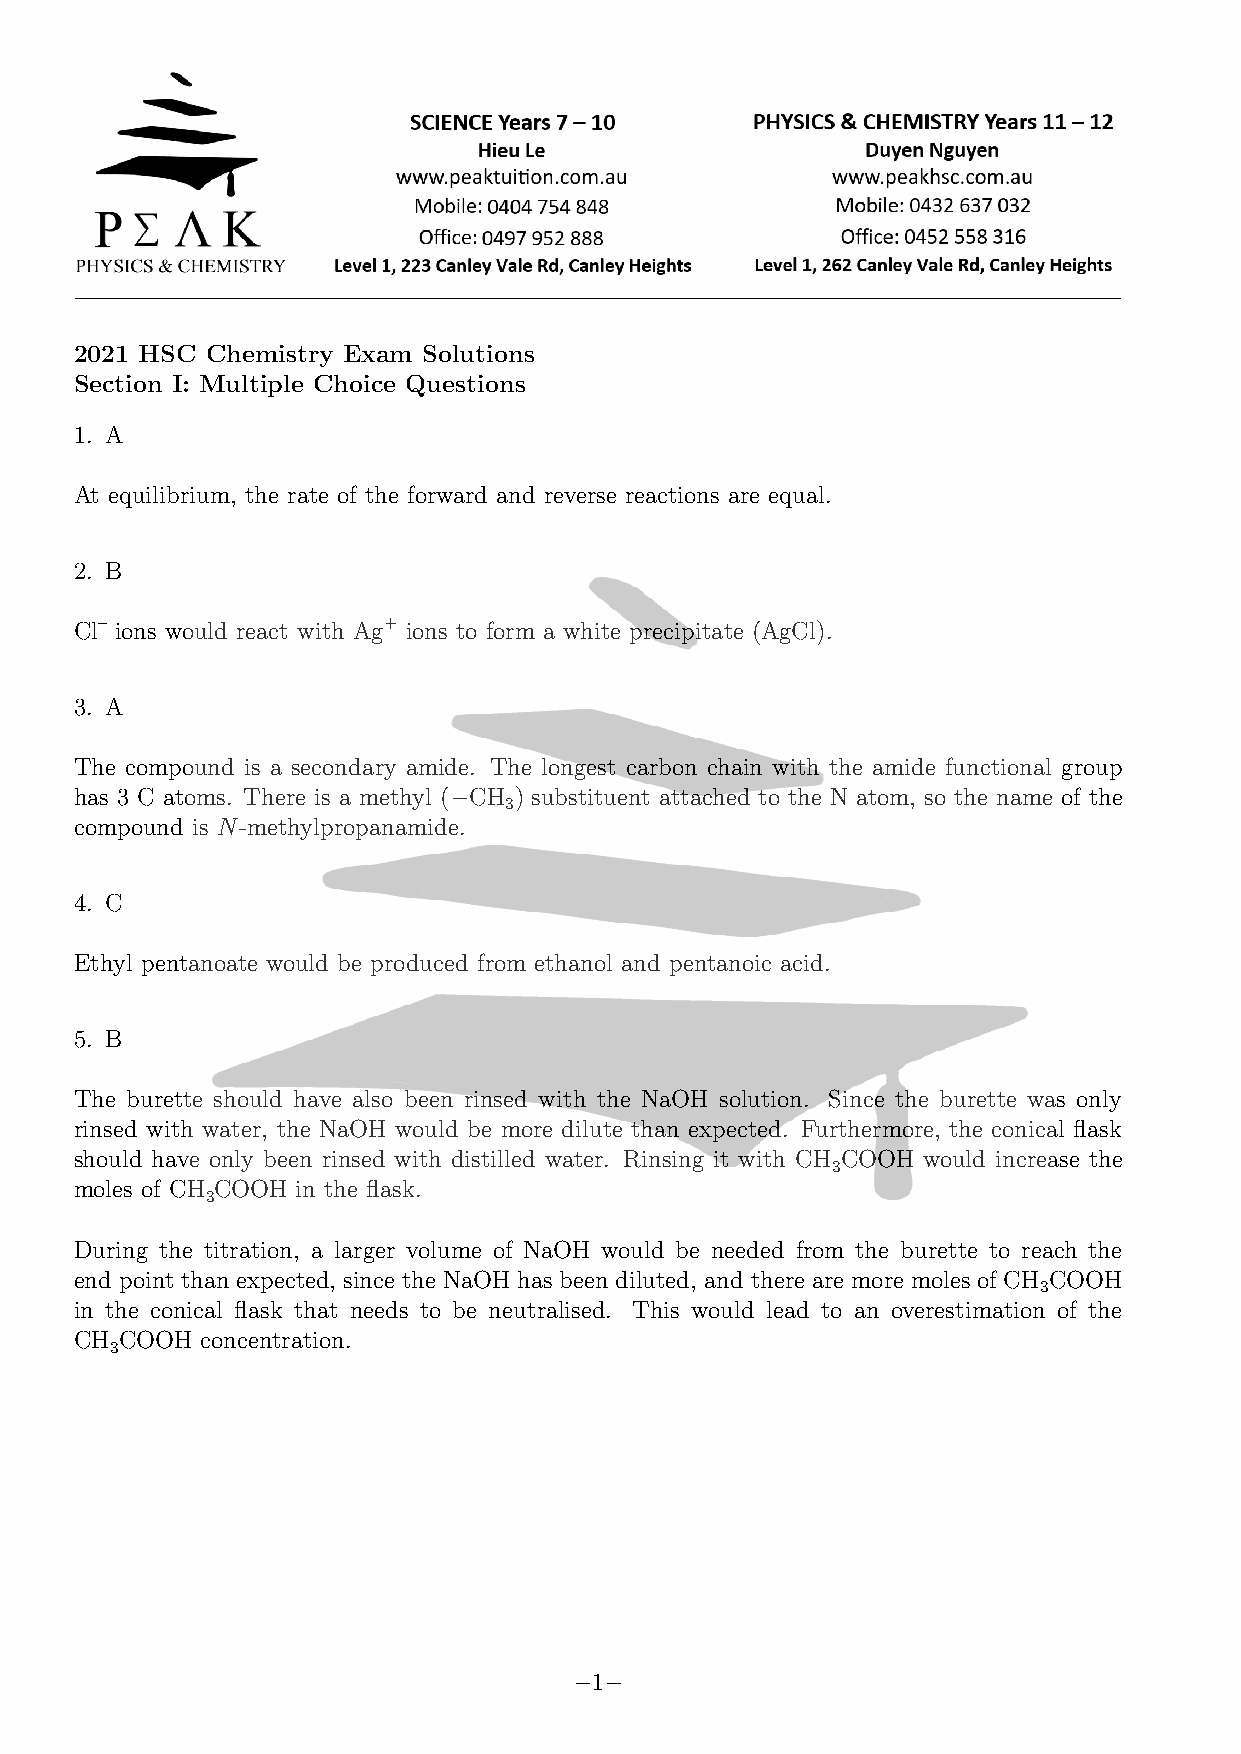
2021 HSC Chemistry Exam Solutions
 Section I: Multiple Choice Questions
 1. A
 At equilibrium, the rate of the forward and reverse reactions are equal.
 2. B
 Cl– ions would react with Ag+ ions to form a white precipitate (AgCl).
 3. A
 The compound is a secondary amide. The longest carbon chain with the amide functional group
 has 3 C atoms. There is a methyl (−CH ) substituent attached to the N atom, so the name of the
 3
 compound is N-methylpropanamide.
 4. C
 Ethyl pentanoate would be produced from ethanol and pentanoic acid.
 5. B
 The burette should have also been rinsed with the NaOH solution. Since the burette was only
 rinsed with water, the NaOH would be more dilute than expected. Furthermore, the conical flask
 should have only been rinsed with distilled water. Rinsing it with CH COOH would increase the
 3
 moles of CH COOH in the flask.
 3
 During the titration, a larger volume of NaOH would be needed from the burette to reach the
 end point than expected, since the NaOH has been diluted, and there are more moles of CH COOH
 3
 in the conical flask that needs to be neutralised. This would lead to an overestimation of the
 CH COOH concentration.
 3
 −1−